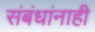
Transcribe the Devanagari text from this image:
संबंधांनाही